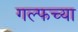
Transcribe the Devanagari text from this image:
गल्फच्या